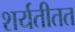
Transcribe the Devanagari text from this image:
शर्यतीतत